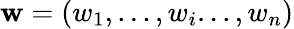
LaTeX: \mathbf{w}=(w_{1},...,w_{i}...,w_{n})